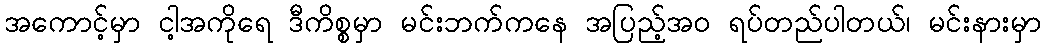
အကောင့်မှာ ငါ့အကိုရေ ဒီကိစ္စမှာ မင်းဘက်ကနေ အပြည့်အဝ ရပ်တည်ပါတယ်၊ မင်းနားမှာ